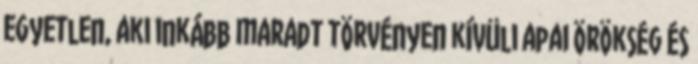
egyetlen, aki inkább maradt törvényen kívüli apai örökség és